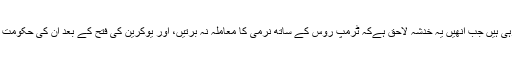
وہ کہتے ہیں کہ مرخیل ایسے وقت وائٹ ہائوس کا دورہ کر رہی ہیں جب اُنھیں یہ خدشہ لاحق ہےکہ ٹرمپ روس کے ساتھ نرمی کا معاملہ نہ برتیں، اور یوکرین کی فتح کے بعد اُن کی حکومت کی جانب سے عائد کردہ تعزیرات کو کوئی نقصان نہ پہنچے۔